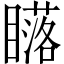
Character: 𥋷